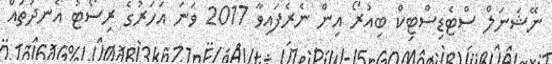
ނޭޝަނަލް ސްޓެޑިސްޓިކް ބިއުރޯ އިން ނެރެފައިވާ 2017 ވަނަ އަހަރުގެ ރިސޯޓު އެނދުތައް